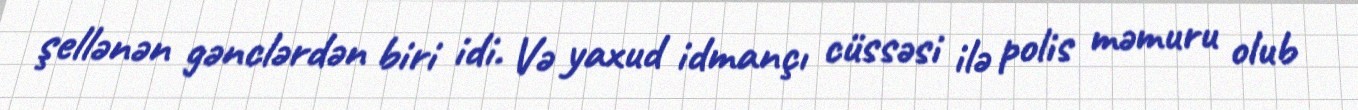
şellənən gənclərdən biri idi. Və yaxud idmançı cüssəsi ilə polis məmuru olub